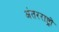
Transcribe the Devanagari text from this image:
अंतरराष्ट्रों